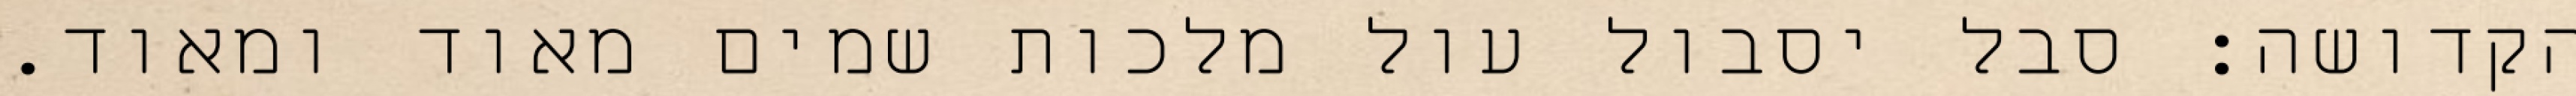
הקדושה: סבל יסבול עול מלכות שמים מאוד ומאוד.